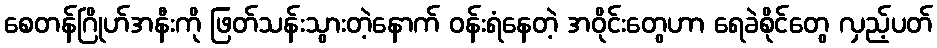
စေတန်ဂြိုဟ်အနီးကို ဖြတ်သန်းသွားတဲ့နောက် ဝန်းရံနေတဲ့ အဝိုင်းတွေဟာ ရေခဲစိုင်တွေ လှည့်ပတ်